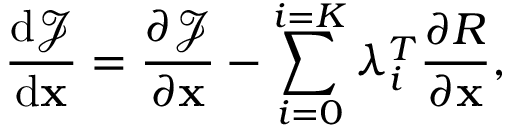
\frac { \mathrm { d } \mathcal { J } } { \mathrm { d } \ensuremath { \mathbf { x } } } = \ensuremath { \frac { \partial \mathcal { J } } { \partial \ensuremath { \mathbf { x } } } } - \sum _ { i = 0 } ^ { i = K } \lambda _ { i } ^ { T } \ensuremath { \frac { \partial R } { \partial \ensuremath { \mathbf { x } } } } ,